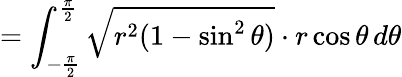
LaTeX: =\int_{-{\frac{\pi}{2}}}^{\frac{\pi}{2}}{\sqrt{r^{2}(1-\sin^{2}\theta)}}\cdot r\cos\theta\, d\theta